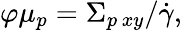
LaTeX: \varphi\mu_{p}={\Sigma_{p\, xy}}/{\dot{\gamma}},